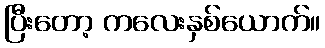
ပြီးတော့ ကလေးနှစ်ယောက်။